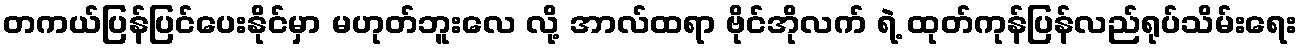
တကယ်ပြန်ပြင်ပေးနိုင်မှာ မဟုတ်ဘူးလေ လို့ အာလ်ထရာ ဗိုင်အိုလက် ရဲ့ ထုတ်ကုန်ပြန်လည်ရုပ်သိမ်းရေး